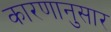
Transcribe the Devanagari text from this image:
कारणानुसार